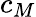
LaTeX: c_{M}